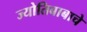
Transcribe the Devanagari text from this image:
ज्योतिबाबाचे